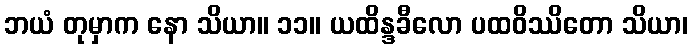
ဘယံ တုမှာက နော သိယာ။ ၁၁။ ယထိန္ဒခီလော ပထဝိဿိတော သိယာ၊